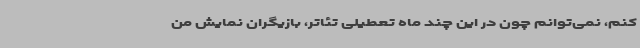
کنم، نمی‌توانم چون در این چند ماه تعطیلی تئاتر، بازیگران نمایش من